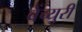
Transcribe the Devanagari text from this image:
वेंच्युरी